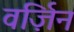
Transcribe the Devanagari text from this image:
वर्ज़िन